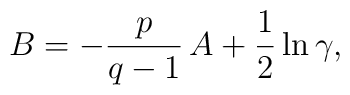
B = -\frac{p}{q-1}\, A + \frac12 \ln \gamma,